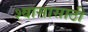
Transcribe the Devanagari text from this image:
श्वासासाठी